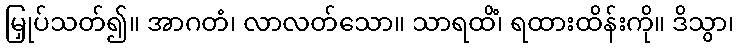
မြှုပ်သတ်၍။ အာဂတံ၊ လာလတ်သော။ သာရထိံ၊ ရထားထိန်းကို။ ဒိသွာ၊